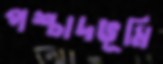
পশ্চাদভূমি